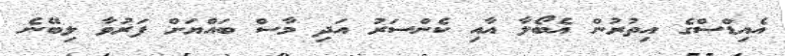
އެއިޑްސްގެ އިތުރުން އެބޯލާ އާއި ކެންސަރު އަދި މާސް ބައްޔަށް ފަރުވާ ލިބޭނެ